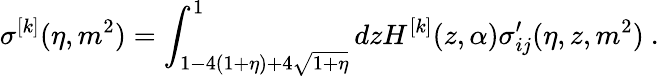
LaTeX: \sigma^{[k]}(\eta,m^{2})=\int_{1-4(1+\eta)+4\sqrt{1+\eta}}^{1}dzH^{[k]}(z,\alpha)\sigma_{ij}^{\prime}(\eta,z,m^{2})\ .